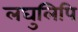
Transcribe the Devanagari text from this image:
लघुलिपि